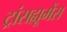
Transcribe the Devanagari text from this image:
ट्रांसह्यूमेंस